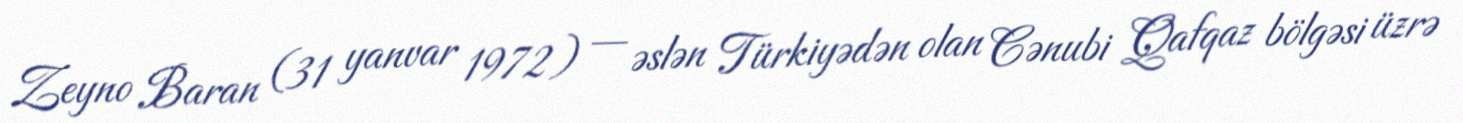
Zeyno Baran (31 yanvar 1972) — əslən Türkiyədən olan Cənubi Qafqaz bölgəsi üzrə